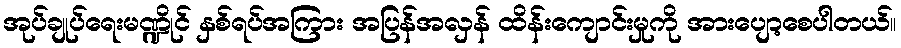
အုပ်ချုပ်ရေးမဏ္ဍိုင် နှစ်ရပ်အကြား အပြန်အလှန် ထိန်းကျောင်းမှုကို အားပျော့စေပါတယ်။